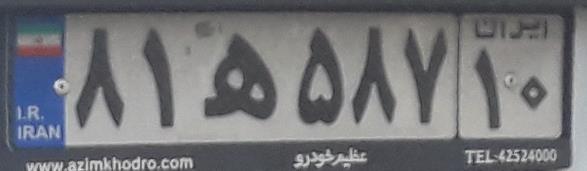
۸۱ه۵۸۷۱۰